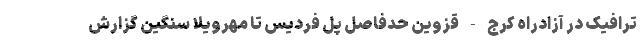
ترافیک در آزادراه کرج - قزوین حدفاصل پل فردیس تا مهرویلا سنگین گزارش